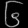
Digit: ၆